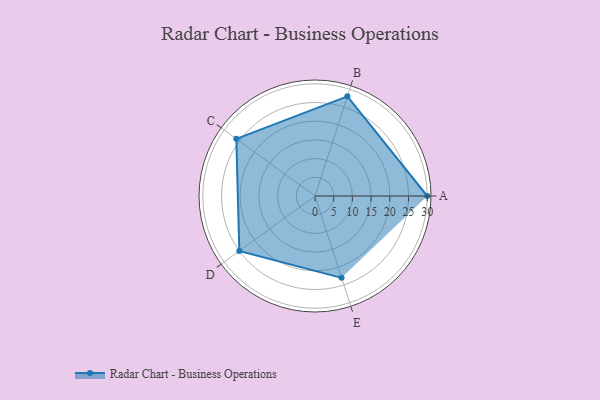
{"axis": {"x": "Skill", "y": "Score"}, "legend": ["Profile"], "data": [{"x": "A", "y": 30.0, "type": "Profile"}, {"x": "B", "y": 28.0, "type": "Profile"}, {"x": "C", "y": 26.0, "type": "Profile"}, {"x": "D", "y": 25.0, "type": "Profile"}, {"x": "E", "y": 23.0, "type": "Profile"}]}